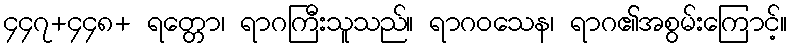
၄၄၇+၄၄၈+ ရတ္တော၊ ရာဂကြီးသူသည်။ ရာဂဝသေန၊ ရာဂ၏အစွမ်းကြောင့်။